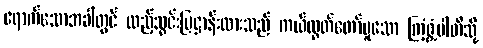
ရောက်သောအခါတွင် ထည့်သွင်းပြဋ္ဌာန်းထားသည် ကယ်လွှတ်တော်မူသော ကြံ့ဖွံ့ပါတီသို့